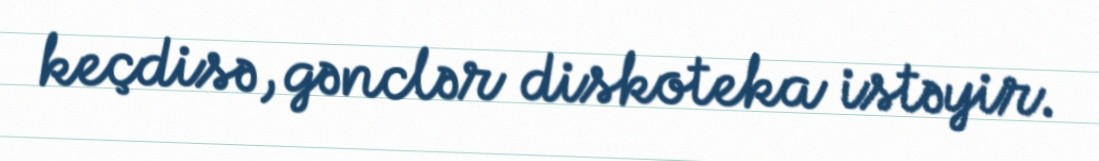
keçdisə, gənclər diskoteka istəyir.